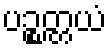
ပဉ္စတ္တယံ